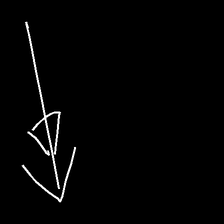
Glyph: pull